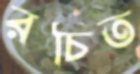
রচিত